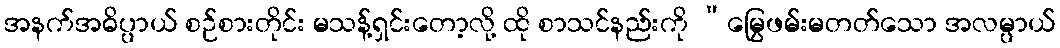
အနက်အဓိပ္ပာယ် စဉ်စားတိုင်း မသန့်ရှင်းတော့လို့ ထို စာသင်နည်းကို “မြွေဖမ်းမတတ်သော အလမ္ပာယ်